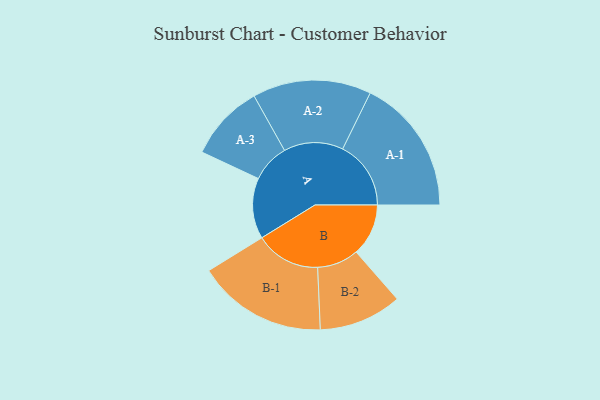
{"axis": {"x": "Segment", "y": "Value"}, "legend": ["", "A", "B"], "data": [{"x": "A", "y": 265, "type": ""}, {"x": "B", "y": 228, "type": ""}, {"x": "A-1", "y": 298, "type": "A"}, {"x": "A-2", "y": 259, "type": "A"}, {"x": "A-3", "y": 167, "type": "A"}, {"x": "B-1", "y": 284, "type": "B"}, {"x": "B-2", "y": 181, "type": "B"}]}